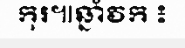
កុរ៕ឆ្នាំវក ៖